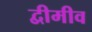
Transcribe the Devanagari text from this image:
द्वीमीव